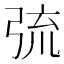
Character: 𢏭